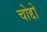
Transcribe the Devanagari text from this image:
चोद्दो